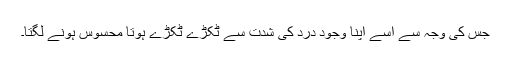
جس کی وجہ سے اسے اپنا وجود درد کی شدّت سے ٹکڑے ٹکڑے ہوتا محسوس ہونے لگتا۔